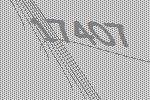
17407